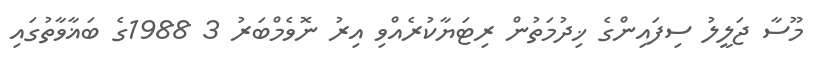
މޫސާ ޖަލީލު ސިފައިންގެ ޚިދުމަތުން ރިޓަޔާކުރެއްވި އިރު ނޮވެމްބަރު 3 1988ގެ ބަޣާވާތުގައި